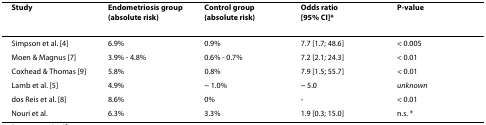
<table><thead><tr><td><b>Study</b></td><td><b>Endometriosis group (absolute risk)</b></td><td><b>Control group (absolute risk)</b></td><td><b>Odds ratio[95% CI]*</b></td><td><b>P-value</b></td></tr></thead><tbody><tr><td>Simpson et al. [4]</td><td>6.9%</td><td>0.9%</td><td>7.7 [1.7; 48.6]</td><td>&lt; 0.005</td></tr><tr><td>Moen &amp; Magnus [7]</td><td>3.9% - 4.8%</td><td>0.6% - 0.7%</td><td>7.2 [2.1; 24.3]</td><td>&lt; 0.01</td></tr><tr><td>Coxhead &amp; Thomas [9]</td><td>5.8%</td><td>0.8%</td><td>7.9 [1.5; 55.7]</td><td>&lt; 0.01</td></tr><tr><td>Lamb et al. [5]</td><td>4.9%</td><td>~ 1.0%</td><td>~ 5.0</td><td><i>unknown</i></td></tr><tr><td>dos Reis et al. [8]</td><td>8.6%</td><td>0%</td><td>-</td><td>&lt; 0.01</td></tr><tr><td>Nouri et al.</td><td>6.3%</td><td>3.3%</td><td>1.9 [0.3; 15.0]</td><td>n.s. *</td></tr></tbody></table>